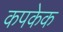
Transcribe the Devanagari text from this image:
कपकेक